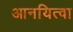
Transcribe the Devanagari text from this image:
आनयित्वा